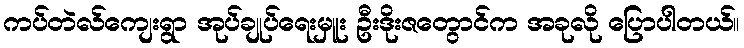
ကပ်တဲလ်ကျေးရွာ အုပ်ချုပ်ရေးမှူး ဦးဒိုးဇတွောင်က အခုလို ပြောပါတယ်။